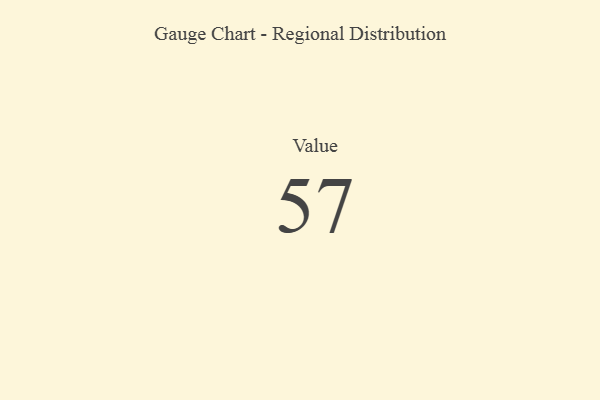
{"axis": {"x": "Metric", "y": "Value"}, "legend": [""], "data": [{"x": "Value", "y": 57, "type": ""}]}